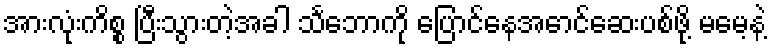
အားလုံးကိစ္စ ပြီးသွားတဲ့အခါ သင်္ဘောကို ပြောင်နေအောင်ဆေးပစ်ဖို့ မမေ့နဲ့